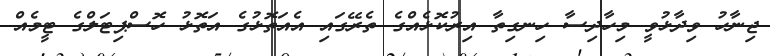
ޖިނާހު ވިދާޅުވީ މިހާދިސާ ހިނގިތާ އިރުކޮޅެއްގެ ތެރޭގައި އެއަތޮޅުގެ އަތޮޅު ހޮސްޕިޓަލްގެ ޓީމެއް